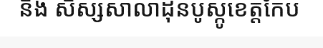
និង សិស្សសាលាដុនបូស្កូខេត្តកែប